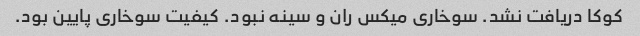
کوکا دریافت نشد. سوخاری میکس ران و سینه نبود‌. کیفیت سوخاری پایین بود.